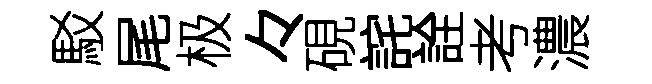
駁尾极々硯詫詮考濃